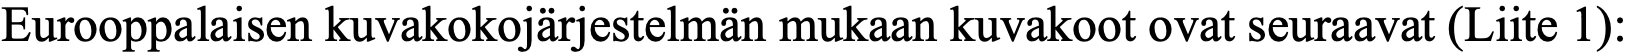
Eurooppalaisen kuvakokojärjestelmän mukaan kuvakoot ovat seuraavat (Liite 1):